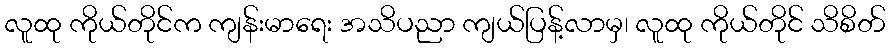
လူထု ကိုယ်တိုင်က ကျန်းမာရေး အသိပညာ ကျယ်ပြန့်လာမှ၊ လူထု ကိုယ်တိုင် သိစိတ်